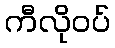
ကီလိုဝပ်